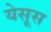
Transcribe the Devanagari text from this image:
येसूस